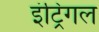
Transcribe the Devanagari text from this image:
इंट्रिगल